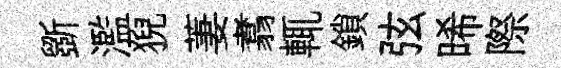
斵濫猊萋翥輒鎖弦晞際